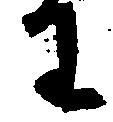
わ